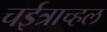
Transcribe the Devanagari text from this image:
चईत्राच्हल